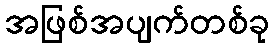
အဖြစ်အပျက်တစ်ခု